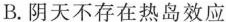
B.阴天不存在热岛效应